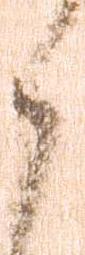
候